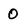
Character: O